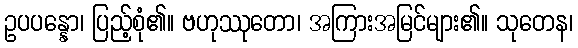
ဥပပန္နော၊ ပြည့်စုံ၏။ ဗဟုဿုတော၊ အကြားအမြင်များ၏။ သုတေန၊